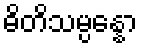
ဓိတိသမ္ပန္နော